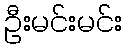
ဦးမင်းမင်း